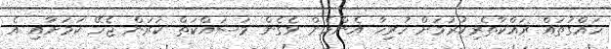
ހައްގުތައް ރައްކާތެރިކުރުމަށް ހުރިހާ އެންމެން ވެގެން މަސައްކަތް ކުރަން ޖެހޭ ކަމަށާއި އެ